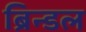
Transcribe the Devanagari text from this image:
ब्रिन्डल